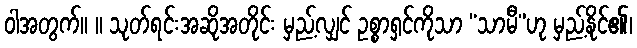
ဝါအတွက်။ ။ သုတ်ရင်းအဆိုအတိုင်း မှည့်လျှင် ဥစ္စာရှင်ကိုသာ “သာမီ”ဟု မှည့်နိုင်၏၊